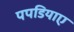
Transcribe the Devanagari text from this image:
पपडियाए